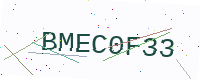
Text: BMEC0F33